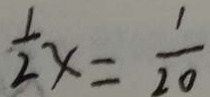
\frac { 1 } { 2 } x = \frac { 1 } { 2 0 }